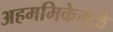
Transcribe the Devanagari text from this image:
अहममिकेमुळे